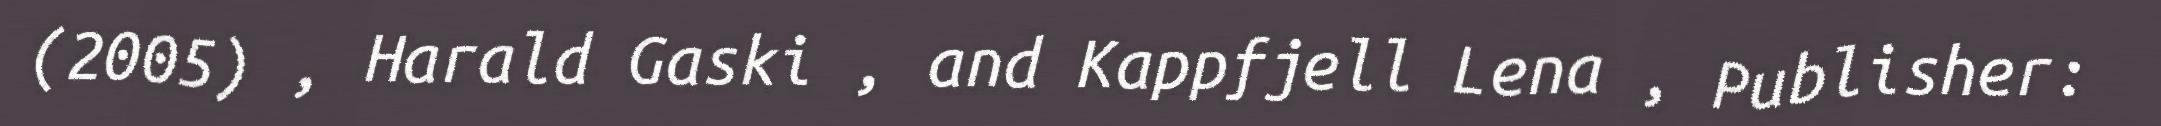
(2005) , Harald Gaski , and Kappfjell Lena , Publisher: